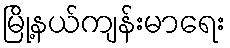
မြို့နယ်ကျန်းမာရေး